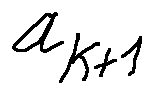
a _ { k + 1 }